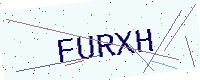
Text: FURXH